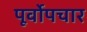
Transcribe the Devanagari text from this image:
पूर्वोपचार